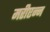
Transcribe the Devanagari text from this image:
मरीएन्न